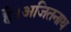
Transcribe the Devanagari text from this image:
है।अजितनाथ